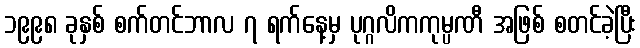
၁၉၉၈ ခုနှစ် စက်တင်ဘာလ ၇ ရက်နေ့မှ ပုဂ္ဂလိကကုမ္ပဏီ အဖြစ် စတင်ခဲ့ပြီး